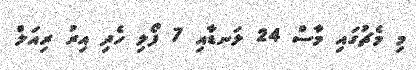
މި މެޗުގައި މާސް 24 ލަނޑާއި 7 ފޯލި ހެދި އިރު ރިއަލް